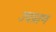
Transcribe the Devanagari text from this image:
उपप्राण